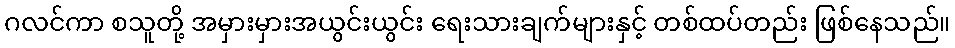
ဂလင်ကာ စသူတို့ အမှားမှားအယွင်းယွင်း ရေးသားချက်များနှင့် တစ်ထပ်တည်း ဖြစ်နေသည်။